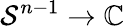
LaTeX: \mathcal{S}^{n-1}\to\mathbb{{C}}